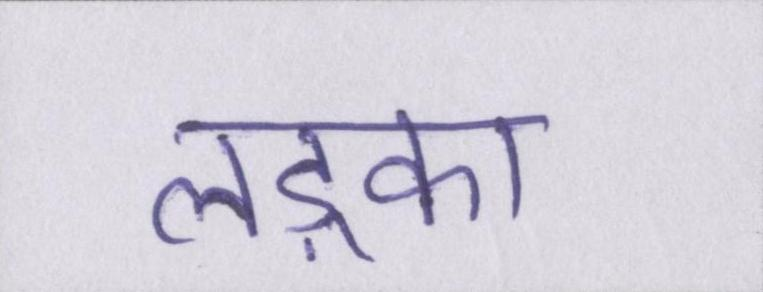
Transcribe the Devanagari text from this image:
लड़्का